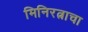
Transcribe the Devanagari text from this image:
मिनिरत्नाचा